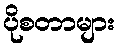
ပိုစတာများ